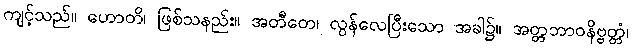
ကျင့်သည်။ ဟောတိ၊ ဖြစ်သနည်း။ အတီတေ၊ လွန်လေပြီးသော အခါ၌။ အတ္တဘာဝနိဗ္ဗတ္တံ၊